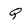
Character: Q